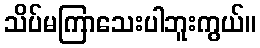
သိပ်မကြာသေးပါဘူးကွယ်။